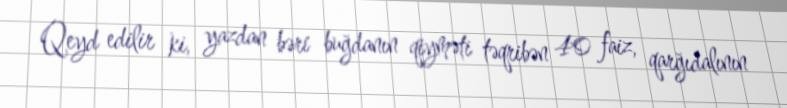
Qeyd edilir ki, yazdan bəri buğdanın qiyməti təqribən 40 faiz, qarğıdalının